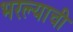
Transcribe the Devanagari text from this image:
भरल्याची